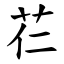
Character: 芢